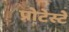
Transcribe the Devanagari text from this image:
प्रोटेस्टें